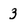
Character: 3